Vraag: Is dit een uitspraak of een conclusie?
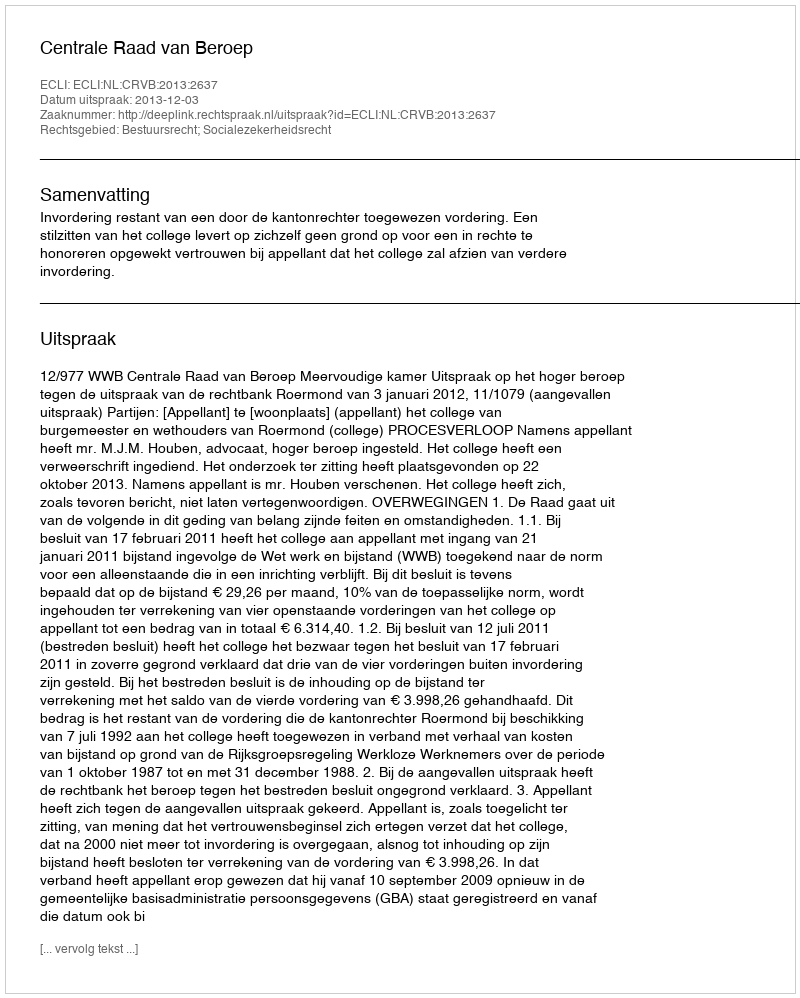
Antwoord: Uitspraak